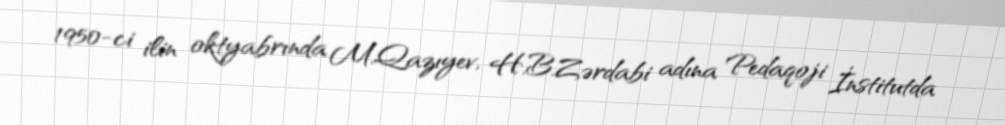
1950-ci ilin oktyabrında M.Qazıyev, H.B.Zərdabi adına Pedaqoji İnstitutda